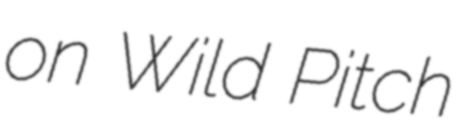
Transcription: on Wild Pitch